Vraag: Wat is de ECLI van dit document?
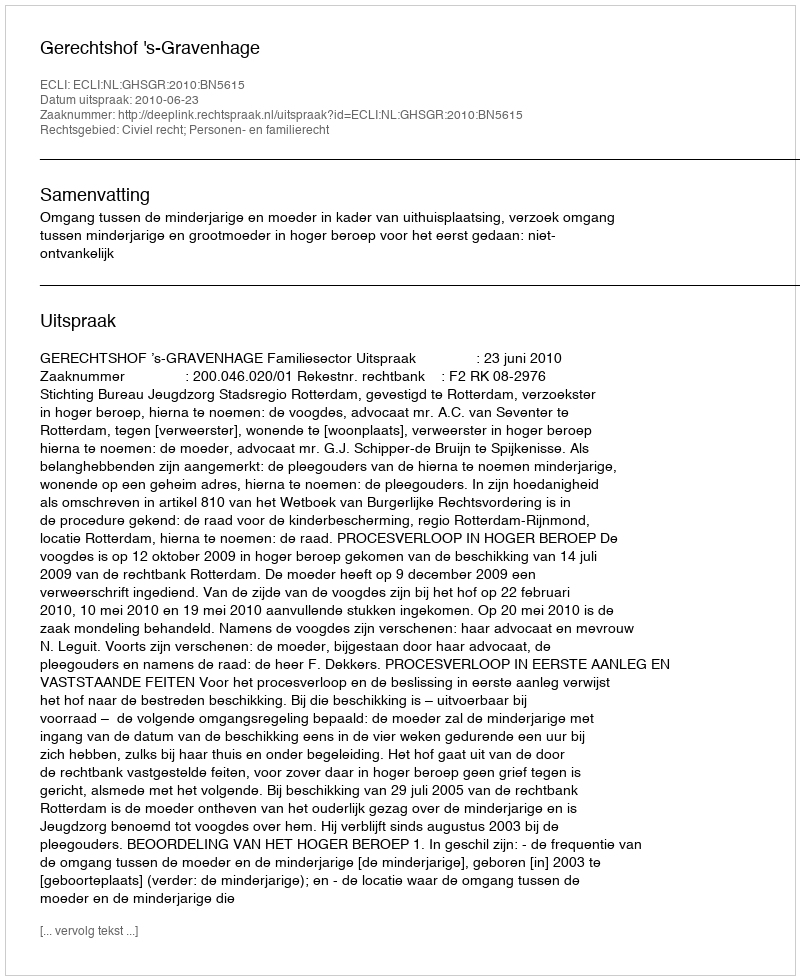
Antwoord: ECLI:NL:GHSGR:2010:BN5615